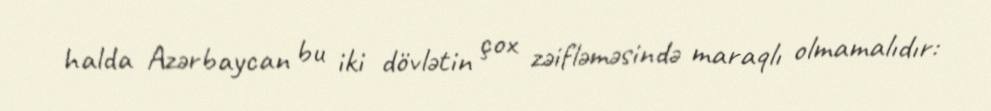
halda Azərbaycan bu iki dövlətin çox zəifləməsində maraqlı olmamalıdır: